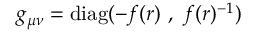
g _ { \mu \nu } = \mathrm { d i a g } ( - f ( r ) \ , \ f ( r ) ^ { - 1 } )